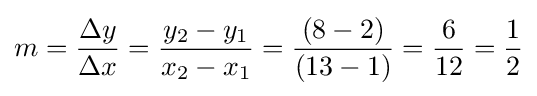
m={\frac {\Delta y}{\Delta x}}={\frac {y_{2}-y_{1}}{x_{2}-x_{1}}}={\frac {(8-2)}{(13-1)}}={\frac {6}{12}}={\frac {1}{2}}